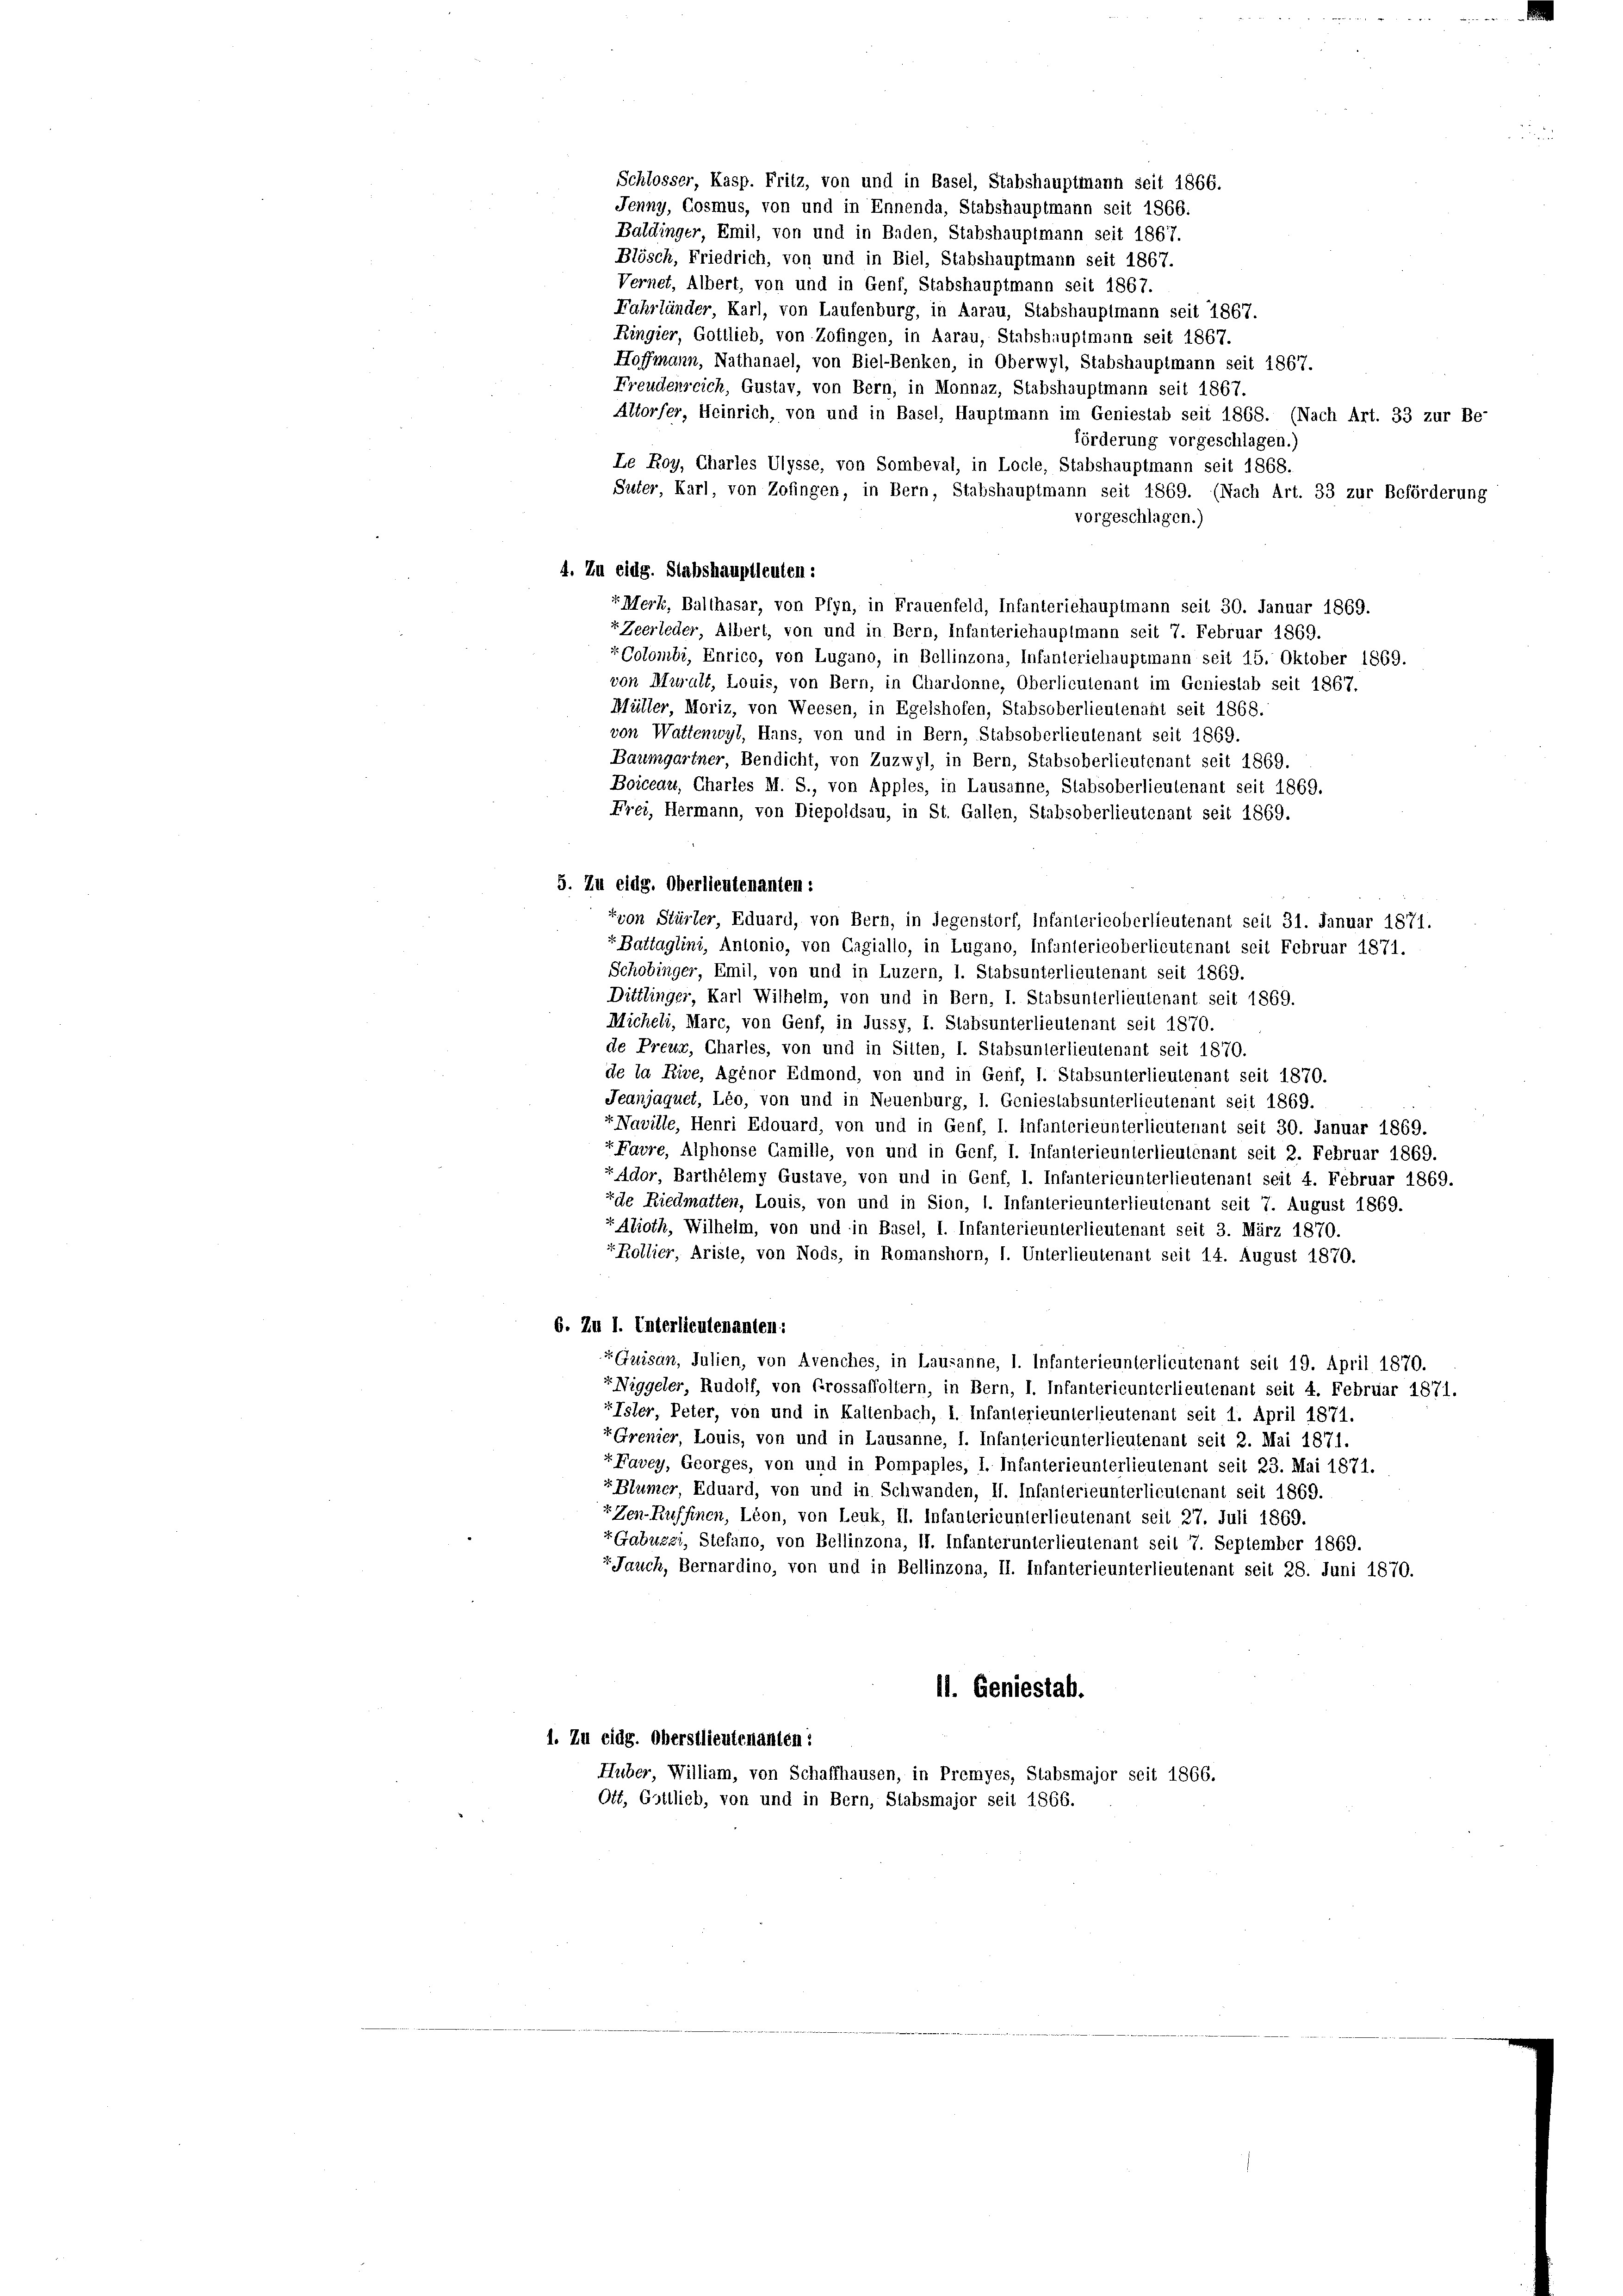
Fahrländer, Karl, von Laufenburg, in Aarau, Stabshauptmann seit 1867.
Ringier, Gottlieb, von Zofingen, in Aarau, Stabshauptmann seit 1867.
Hoffmann, Nathanael, von Biel-Benken, in Oberwyl, Stabshauptmann seit 1867.
Freudenreich, Gustav, von Bern, in Monnaz, Stabshauptmann seit 1867.
Altorfer, Heinrich, von und in Basel, Hauptmann im Geniestab seit 1868. (Nach Art. 33 zur Be-
förderung vorgeschlagen.)
Le Roy, Charles Ulysse, von Sombeval, in Locle, Stabshauptmann seit 1868.
Suter, Karl, von Zofingen, in Bern, Stabshauptmann seit 1869. (Nach Art. 33 zur Beförderung
vorgeschlagen.)
4. Zu eidg. Stabshauptleuten:
+ Merk, Balthasar, von Pfyn, in Frauenfeld, Infanteriehauptmann seit 30. Januar 1869.
rZeerleder, Albert, von und in Bern, Infanteriehauptmann seit 7. Februar 1869.
x Colombi, Enrico, von Lugano, in Bellinzona, Infanteriehauptmann seit 15. Oktober 1869.
von Muralt, Louis, von Bern, in Chardonne, Oberlieutenant im Geniestab seit 1867.
Müller, Moriz, von Weesen, in Egelshofen, Stabsoberlieutenant seit 1868.
von Wattenwyl, Hans, von und in Bern, Stabsoberlieutenant seit 1869.
Baumgartner, Bendicht, von Zuzwyl, in Bern, Stabsoberlieutenant seit 1869.
Boiceau, Charles M. S., von Apples, in Lausanne, Stabsoberlieutenant seit 1869.
Frei, Hermann, von Diepoldsau, in St. Gallen, Stabsoberlieutenant seit 1869.
5. Zu eidg. Oberlieutenanten:
Fyon Stürler, Eduard, von Bern, in Gegenstorf, Infantericoberlieutenant seit 31. Januar 1871.
+Battaglini, Antonio, von Gagiallo, in Lugano, Infunterieoberlieutenant seit Februar 1871.
Schobinger, Emil, von und in Luzern, 1. Stabsunterlieutenant seit 1869.
Dittlinger, Karl Wilhelm, von und in Bern, I. Stabsunterlieutenant seit 1869.
Micheli, Marc, von Genf, in Jussy, I. Stabsunterlieutenant seit 1870.
de Preur, Charles, von und in Sitten, I. Stabsunterlieutenant seit 1870.
de la Rive, Agenor Edmond, von und in Genf, I. Stabsunterlieutenant seit 1870.
Jeanjaquet, Léo, von und in Neuenburg, 1. Genieslabsunterlieutenant seit 1869.
Naville, Henri Edouard, von und in Genf, I. Infanterieunterlieutenant seit 30. Januar 1869.
t Favre, Alphonse Camille, von und in Genf, I. Infanterieunterlieutenant seit 2. Februar 1869.
«Ador, Barthélemy Gustave, von und in Genf, 1. Infantericunterlieutenant seit 4. Februar 1869.
xde Riedmatten, Louis, von und in Sion, 1. Infanterieunterlieutenant seit 7. August 1869.
r Alioth, Wilhelm, von und in Basel, I. Infanterieunterlieutenant seit 3. März 1870.
Rollier, Ariste, von Nods, in Romanshorn, I. Unterlieutenant seit 14. August 1870.
6. Zu 1. Unterlieutenanten:
"Guisan, Julien, von Avenches, in Lausanne, 1. Infanterieunterlieutenant seit 19. April 1870.
Niggeler, Rudolf, von Grossaffoltern, in Bern, I. Infantericunterlieutenant seit 4. Februar 1871.
"Isler, Peter, von und in Kaltenbach, I. Infanterieunterlieutenant seit 1. April 1871.
r Grenier, Louis, von und in Lausanne, I. Infantericunterlieutenant seit 2. Mai 1871.
“Favey, Georges, von und in Pompaples, I. Infanterieunterlieutenant seit 23. Mai 1871.
“ Blümer, Eduard, von und in Schwanden, II. Infanterieunterlieutenant seit 1869.
Zen-Ruffinen, Lion, von Leuk, II. Infantericunterlieutenant seit 27. Juli 1869.
+ Gabuzzi, Stefano, von Bellinzona, II. Infanterunterlieutenant seil 7. September 1869.
Jauch, Bernardino, von und in Bellinzona, II. Infanterie unterlieutenant seit 28. Juni 1870.
11. Geniestab.
1. Zu eidg. Oberstlieutenanten:
Huber, William, von Schaffhausen, in Premyes, Stabsmajor seit 1866.
Ott, Gottlieb, von und in Bern, Stabsmajor seit 1866.

Schlosser, Kasp. Fritz, von und in Basel, Stabshauptmann seit 1866.
Jenny, Cosmus, von und in Ennenda, Stabshauptmann seit 1866.
Baldinger, Emil, von und in Baden, Stabshauptmann seit 1867.
Blösch, Friedrich, von und in Biel, Stabshauptmann seit 1867.
Vernet, Albert, von und in Genf, Stabshauptmann seit 1867.